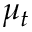
\mu _ { t }